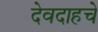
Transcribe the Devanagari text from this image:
देवदाहचे